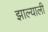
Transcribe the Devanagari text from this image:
झाल्याली